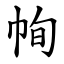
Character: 㡄